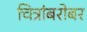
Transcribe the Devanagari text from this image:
चित्रांबरोबर